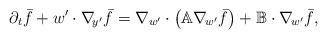
LaTeX: \begin{align*} \partial_t \bar{f} + w'\cdot\nabla_{\!y'} \bar{f} = \nabla_{w'}\cdot\big(\mathbb{A} \nabla_{\!w'} \bar{f} \big)+\mathbb{B}\cdot\nabla_{\!w'}\bar{f}, \end{align*}